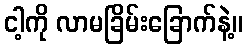
ငါ့ကို လာမခြိမ်းခြောက်နဲ့။